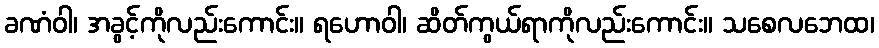
ခဏံဝါ၊ အခွင့်ကိုလည်းကောင်း။ ရဟောဝါ၊ ဆိတ်ကွယ်ရာကိုလည်းကောင်း။ သစေလဘေထ၊